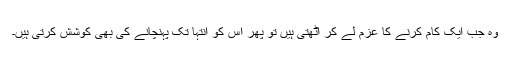
وہ جب ایک کام کرنے کا عزم لے کر اٹھتی ہیں تو پھر اس کو انتہا تک پہنچانے کی بھی کوشش کرتی ہیں۔